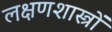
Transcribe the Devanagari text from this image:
लक्षणशास्त्रों